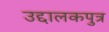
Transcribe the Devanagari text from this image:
उद्दालकपुत्र